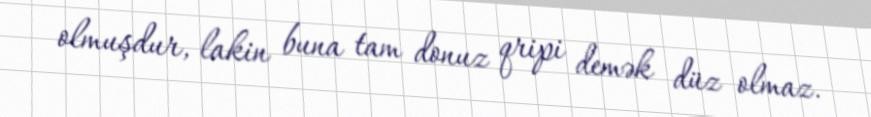
olmuşdur, lakin buna tam donuz qripi demək düz olmaz.